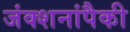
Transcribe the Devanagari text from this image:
जंक्शनांपैकी